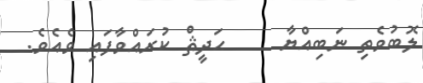
ލޮބުވެތި ނަބިއްޔާ     ޙަދީޘް ކުރައްވާފައި ވެއެވެ.